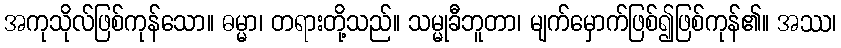
အကုသိုလ်ဖြစ်ကုန်သော။ ဓမ္မာ၊ တရားတို့သည်။ သမ္မုခီဘူတာ၊ မျက်မှောက်ဖြစ်၍ဖြစ်ကုန်၏။ အဿ၊